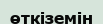
өткіземін